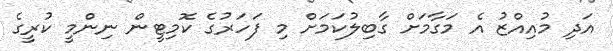
އަދި މުއިއްޒު އެ މަގާމަށް ގާބިލުކަމަށް މި ފަހަރުގެ ކޮމިޓީން ނިންމީ ކުރީގެ